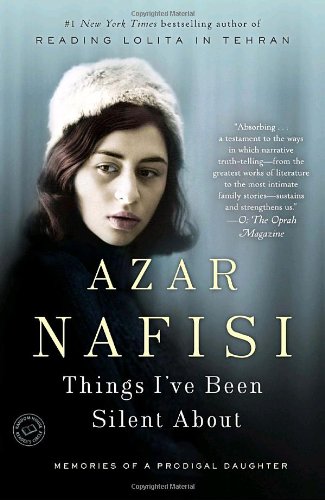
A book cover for Things I've Been Silent About: Memories of a Prodigal Daughter; Azar Nafisi; Biographies & Memoirs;